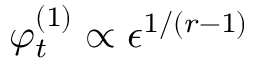
\varphi _ { t } ^ { ( 1 ) } \propto \epsilon ^ { 1 / ( r - 1 ) }